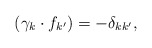
\begin{align*}(\gamma_k\cdot f_{k^{\prime}})=-\delta_{kk^{\prime}},\end{align*}